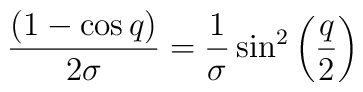
\frac{(1-\cos q)}{2\sigma}=\frac{1}{\sigma}\sin^2\left(\frac{q}{2}	\right)